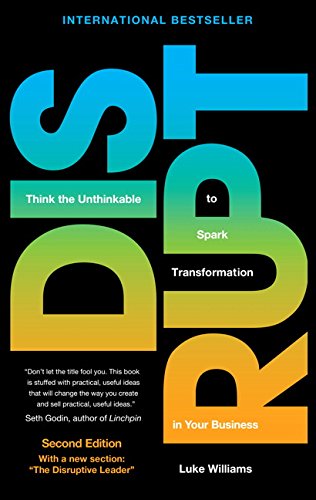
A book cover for Disrupt: Think the Unthinkable to Spark Transformation in Your Business (2nd Edition); Luke Williams; Business & Money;